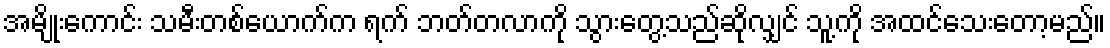
အမျိုးကောင်း သမီးတစ်ယောက်က ရက် ဘတ်တလာကို သွားတွေ့သည်ဆိုလျှင် သူ့ကို အထင်သေးတော့မည်။